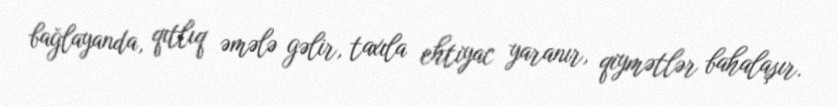
bağlayanda, qıtlıq əmələ gəlir, taxıla ehtiyac yaranır, qiymətlər bahalaşır.